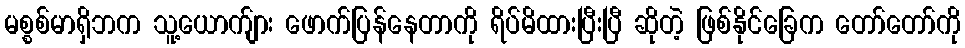
မစ္စစ်မာရှိဘက သူ့ယောက်ျား ဖောက်ပြန်နေတာကို ရိပ်မိထားပြီးပြီ ဆိုတဲ့ ဖြစ်နိုင်ခြေက တော်တော်ကို